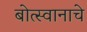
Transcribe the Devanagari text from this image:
बोत्स्वानाचे